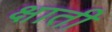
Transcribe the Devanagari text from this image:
क्षाती